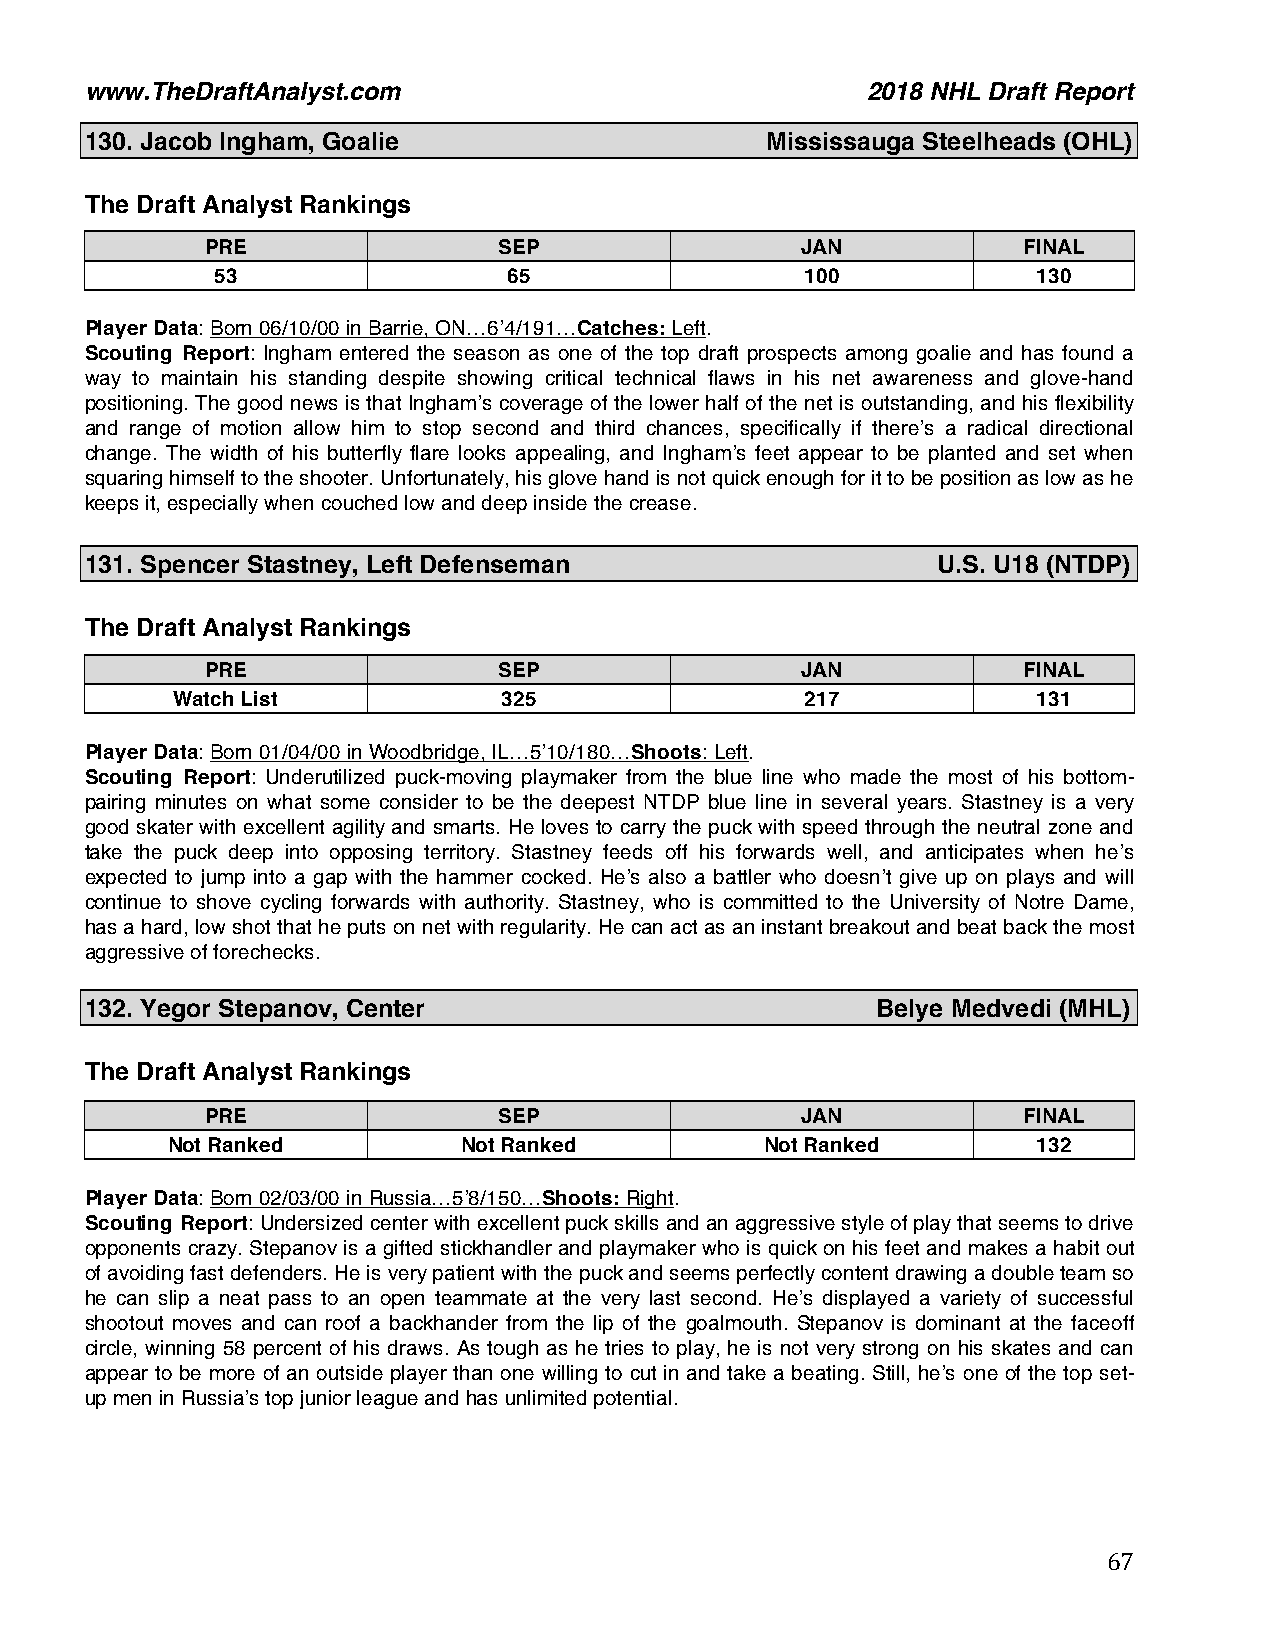
www.TheDraftAnalyst.com                            2018 NHL Draft Report
 130. Jacob Ingham, Goalie                    Mississauga Steelheads (OHL)
 The Draft Analyst Rankings
 PRE                SEP                 JAN            FINAL
 53                  65                 100             130
 Player Data: Born 06/10/00 in Barrie, ON…6’4/191…Catches: Left.
 Scouting Report: Ingham entered the season as one of the top draft prospects among goalie and has found a
 way to maintain his standing despite showing critical technical flaws in his net awareness and glove-hand
 positioning. The good news is that Ingham’s coverage of the lower half of the net is outstanding, and his flexibility
 and range of motion allow him to stop second and third chances, specifically if there’s a radical directional
 change. The width of his butterfly flare looks appealing, and Ingham’s feet appear to be planted and set when
 squaring himself to the shooter. Unfortunately, his glove hand is not quick enough for it to be position as low as he
 keeps it, especially when couched low and deep inside the crease.
 131. Spencer Stastney, Left Defenseman                  U.S. U18 (NTDP)
 The Draft Analyst Rankings
 PRE                SEP                 JAN            FINAL
 Watch List            325                 217             131
 Player Data: Born 01/04/00 in Woodbridge, IL…5’10/180…Shoots: Left.
 Scouting Report: Underutilized puck-moving playmaker from the blue line who made the most of his bottom-
 pairing minutes on what some consider to be the deepest NTDP blue line in several years. Stastney is a very
 good skater with excellent agility and smarts. He loves to carry the puck with speed through the neutral zone and
 take the puck deep into opposing territory. Stastney feeds off his forwards well, and anticipates when he’s
 expected to jump into a gap with the hammer cocked. He’s also a battler who doesn’t give up on plays and will
 continue to shove cycling forwards with authority. Stastney, who is committed to the University of Notre Dame,
 has a hard, low shot that he puts on net with regularity. He can act as an instant breakout and beat back the most
 aggressive of forechecks.
 132. Yegor Stepanov, Center                         Belye Medvedi (MHL)
 The Draft Analyst Rankings
 PRE                SEP                 JAN            FINAL
 Not Ranked          Not Ranked          Not Ranked        132
 Player Data: Born 02/03/00 in Russia…5’8/150…Shoots: Right.
 Scouting Report: Undersized center with excellent puck skills and an aggressive style of play that seems to drive
 opponents crazy. Stepanov is a gifted stickhandler and playmaker who is quick on his feet and makes a habit out
 of avoiding fast defenders. He is very patient with the puck and seems perfectly content drawing a double team so
 he can slip a neat pass to an open teammate at the very last second. He’s displayed a variety of successful
 shootout moves and can roof a backhander from the lip of the goalmouth. Stepanov is dominant at the faceoff
 circle, winning 58 percent of his draws. As tough as he tries to play, he is not very strong on his skates and can
 appear to be more of an outside player than one willing to cut in and take a beating. Still, he’s one of the top set-
 up men in Russia’s top junior league and has unlimited potential.
 67